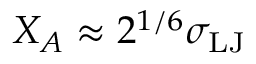
X _ { A } \approx 2 ^ { 1 / 6 } \sigma _ { \mathrm { L J } }